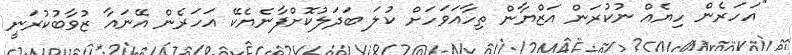
''އަހަރެން ހިޔެއް ނުކުރަން އަޒްޔާން ތިހާއަވަހަށް ކުލަ ބަދަލުކޮށްފާނެޔެކޭ އަހަރެން އޭނައާ ޒުވާބުކުރަނީ